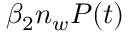
\beta _ { 2 } n _ { w } P ( t )